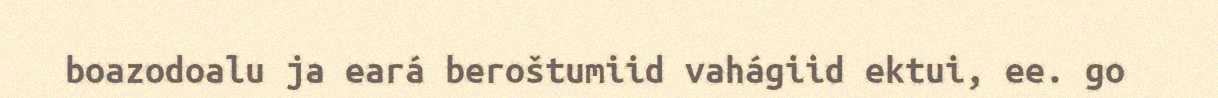
boazodoalu ja eará beroštumiid vahágiid ektui, ee. go